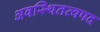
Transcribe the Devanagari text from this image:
अवस्थितत्वपद